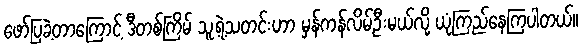
ဖော်ပြခဲ့တာကြောင့် ဒီတစ်ကြိမ် သူ့ရဲ့သတင်းဟာ မှန်ကန်လိမ့်ဦးမယ်လို့ ယုံကြည်နေကြပါတယ်။